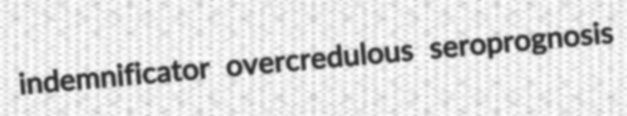
indemnificator overcredulous seroprognosis